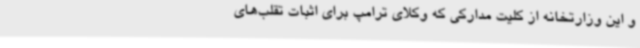
و این وزارتخانه از کلیت مدارکی که وکلای ترامپ برای اثبات تقلب‌های